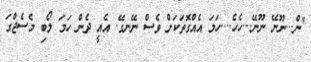
"ން...ނޫނޭ ނޫނޭ...ހެހެ....ހަމަ އެއްގޮތަކަށް ވެސް ނޭނގޭ. އެއީ ދެން ހަމަ ލޯބި މެސެޖްގަ